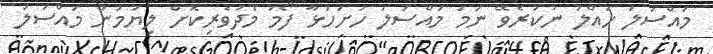
މައްސަލަ ހައްލު ނުކުރެވޭ ނަމަ މައްސަލަ ހުށަހަޅާ ފޯމު މެދުވެރިކޮށް ލިޔުމުން މައްސަލަ